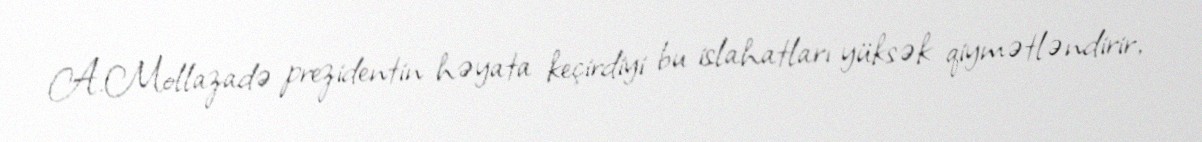
A.Mollazadə prezidentin həyata keçirdiyi bu islahatları yüksək qiymətləndirir,